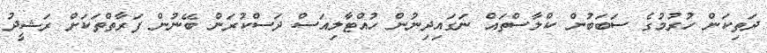
ދަތިކަން ހުރުމުގެ ސަބަބުން ކްލާސްތައް ނަގައިދިނުން ހުއްޓާލިއަސް ދަސްކުރަން ބޭނުން ފަރާތްތަކަށް ރަޝީދު